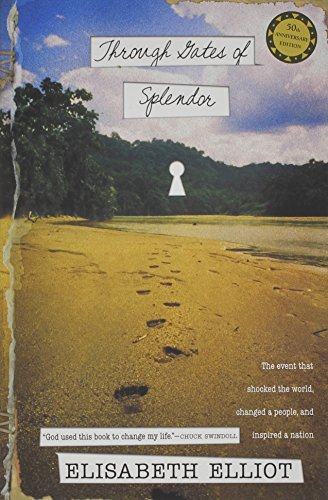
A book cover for Through Gates of Splendor; Elisabeth Elliot; Biographies & Memoirs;